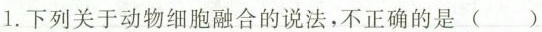
1. 下列关于动物细胞融合的说法，不正确的是()